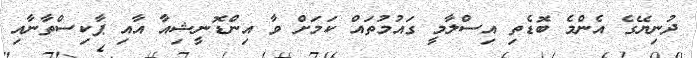
ދުނިޔޭގެ އެންމެ ބޮޑެތި އިސްލާމީ ގައުމުތައް ކަމަށް ވާ އިންޑޮނީޝިއާ އާއި ޕާކިސްތާނާއި